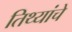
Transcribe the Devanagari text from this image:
तिथ्यांचे